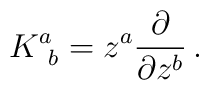
K^a_{~b}=z^a{\partial\over\partial z^b}\, .